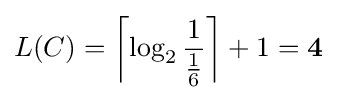
L(C)=\left\lceil \log _{2}{\frac {1}{\frac {1}{6}}}\right\rceil +1=\mathbf {4}